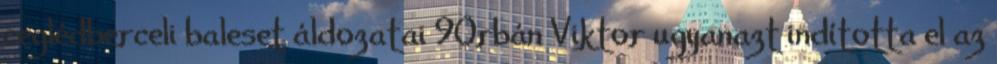
ceglédberceli baleset áldozatai 9Orbán Viktor ugyanazt indította el az